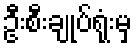
ဦးစီးချုပ်ရုံးမှ